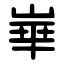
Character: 崋